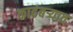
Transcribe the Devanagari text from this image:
कादंबऱ्यात